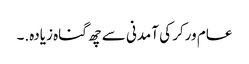
عام ورکر کی آمدنی سے چھ گناہ زیادہ.۔